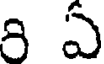
8 ఏ